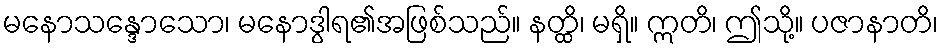
မနောသန္ဒောသော၊ မနောဒွါရ၏အဖြစ်သည်။ နတ္ထိ၊ မရှိ။ ဣတိ၊ ဤသို့။ ပဇာနာတိ၊